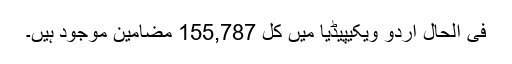
فی الحال اردو ویکیپیڈیا میں کل 155,787 مضامین موجود ہیں۔